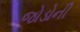
જોડોની